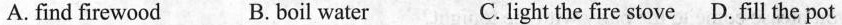
A. find firewood B. Boil water C. light the fire stove D. Fill the pot